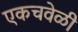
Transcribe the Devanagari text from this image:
एकचवेळी